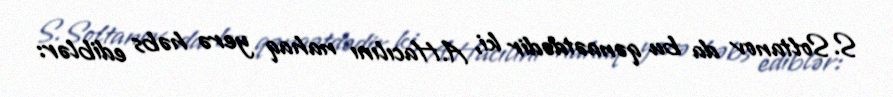
S.Soltanov da bu qənaətdədir ki, A.Hacılını nahaq yerə həbs ediblər: